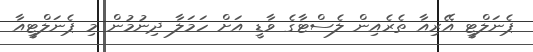
ޕެނަލްޓީ އޭރިއާ ތެރެއިން ލެސްޓާގެ ވާޑީ އަށް ހަމަލާ ދިނުމުން މި ޕެނަލްޓީއާ